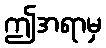
ဤအရာမှ